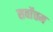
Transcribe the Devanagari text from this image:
सर्वाेत्तम